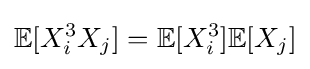
{\mathbb {E} }[X_{i}^{3}X_{j}]={\mathbb {E} }[X_{i}^{3}]{\mathbb {E} }[X_{j}]